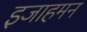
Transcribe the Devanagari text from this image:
इजाहमन